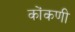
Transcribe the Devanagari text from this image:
कोंंकणी